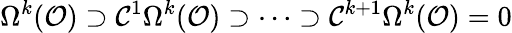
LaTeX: \Omega^{k}({\mathcal{O}})\supset{\mathcal{C}}^{1}\Omega^{k}({\mathcal{O}})\supset\cdots\supset{\mathcal{C}}^{k+1}\Omega^{k}({\mathcal{O}})=0